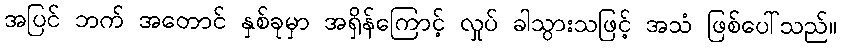
အပြင် ဘက် အတောင် နှစ်ခုမှာ အရှိန်ကြောင့် လှုပ် ခါသွားသဖြင့် အသံ ဖြစ်ပေါ်သည်။